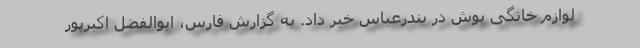
لوازم خانگی بوش در بندرعباس خبر داد. به گزارش فارس، ابوالفضل اکبرپور